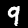
Digit: 9